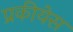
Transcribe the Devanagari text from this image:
प्रकीयेस